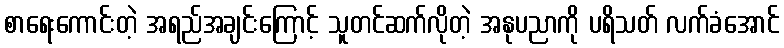
စာရေးကောင်းတဲ့ အရည်အချင်းကြောင့် သူတင်ဆက်လိုတဲ့ အနုပညာကို ပရိသတ် လက်ခံအောင်